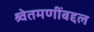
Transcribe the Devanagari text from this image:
श्र्वेतमणींबद्दल